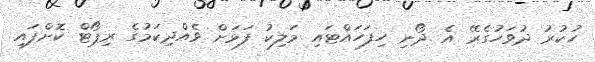
ހުކުރު ދުވަހުގެރޭ އެ ދޯނި ހިފަހައްޓައި މަލިކު ފަޅަށް ވެއްދިކަމުގެ ރިޕޯޓް ކޮށްފައި